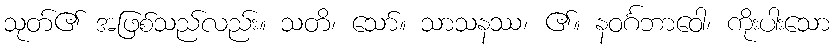
သုတ်၏ အဖြစ်သည်လည်း။ သတိ၊ သော်။ သာသနဿ၊ ၏။ နဝင်္ဂဘာဝေါ၊ ကိုးပါးသော